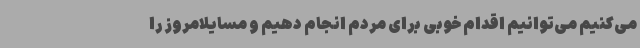
می‌کنیم می‌توانیم اقدام خوبی برای مردم انجام دهیم و مسایلامروز را